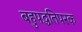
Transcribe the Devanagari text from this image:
बहुपद्धतिपरक